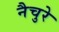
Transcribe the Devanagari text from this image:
नैचुरे